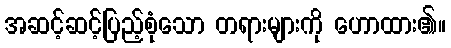
အဆင့်ဆင့်ပြည့်စုံသော တရားများကို ဟောထား၏။